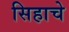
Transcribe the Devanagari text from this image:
सिहाचे